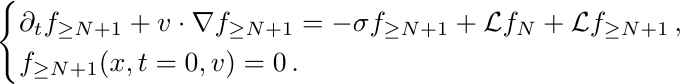
	\begin{align*}
		\begin{cases} \partial_t f_{\geq N+1} +v\cdot \nabla f_{\geq N+1} = -\sigma f_{\geq N+1} + \mathcal{L}{f_{ N}}+ \mathcal{L}{f_{\geq N+1}} \,,\\
			f_{\geq N+1}(x,t=0,v) = 0\,.
		\end{cases}
	\end{align*}